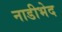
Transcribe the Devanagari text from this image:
नाडीभेद